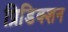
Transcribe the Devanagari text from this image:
प्रिडिक्शन